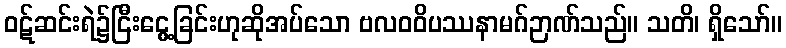
ဝဋ်ဆင်းရဲ၌ငြီးငွေ့ခြင်းဟုဆိုအပ်သော ဗလဝဝိပဿနာမဂ်ဉာဏ်သည်။ သတိ၊ ရှိသော်။